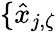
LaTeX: \{ \hat{x}_{j,\zeta}